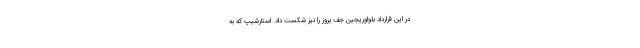
در این قرارداد بلواوریجین جف بروز را نیز شکست داد. استارشیپ که به